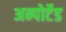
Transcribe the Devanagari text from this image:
अन्पोर्टेड